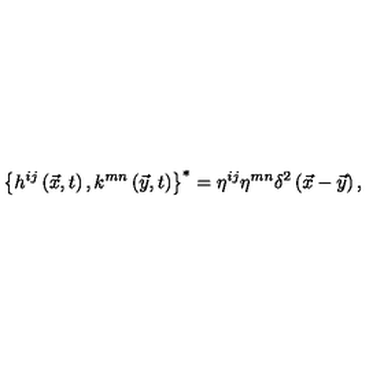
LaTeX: \left\{ h ^ { i j } \left( \vec { x } , t \right) , k ^ { m n } \left( \vec { y } , t \right) \right\} ^ { * } = \eta ^ { i j } \eta ^ { m n } \delta ^ { 2 } \left( \vec { x } - \vec { y } \right) ,